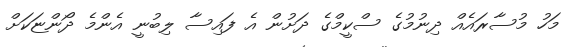
މަހު މުސާރައެއް ދިނުމުގެ ސްކީމްގެ ދަށުން އެ ފައިސާ ލިބުނީ އެންމެ ދޯންޏަކަށް